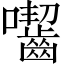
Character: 囓